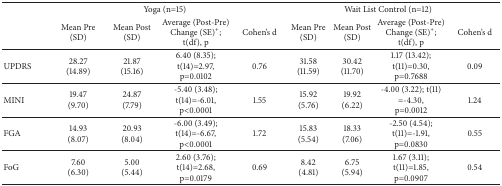
<table><thead><tr><td><b> </b></td><td colspan="4"><b>Yoga (n=15)</b></td><td colspan="4"><b>Wait List Control (n=12)</b></td></tr><tr><td><b> </b></td><td><b>Mean Pre (SD)</b></td><td><b>Mean Post (SD)</b></td><td><b>Average (Post-Pre) Change (SE)<sup>+</sup>; t(df), p</b></td><td><b>Cohen&#x27;s d</b></td><td><b>Mean Pre (SD)</b></td><td><b>Mean Post (SD)</b></td><td><b>Average (Post-Pre) Change (SE)<sup>+</sup>;t(df), p</b></td><td><b>Cohen&#x27;s d</b></td></tr></thead><tbody><tr><td>UPDRS</td><td>28.27(14.89)</td><td>21.87(15.16)</td><td>6.40 (8.35);t(14)=2.97, p=0.0102</td><td>0.76</td><td>31.58(11.59)</td><td>30.42(11.70)</td><td>1.17 (13.42);t(11)=0.30, p=0.7688</td><td>0.09</td></tr><tr><td>MINI</td><td>19.47(9.70)</td><td>24.87(7.79)</td><td>-5.40 (3.48); t(14)=-6.01,p&lt;0.0001</td><td>1.55</td><td>15.92(5.76)</td><td>19.92(6.22)</td><td>-4.00 (3.22); t(11) =-4.30,p=0.0012</td><td>1.24</td></tr><tr><td>FGA</td><td>14.93(8.07)</td><td>20.93(8.04)</td><td>-6.00 (3.49);t(14)=-6.67, p&lt;0.0001</td><td>1.72</td><td>15.83(5.54)</td><td>18.33(7.06)</td><td>-2.50 (4.54);t(11)=-1.91, p=0.0830</td><td>0.55</td></tr><tr><td>FoG</td><td>7.60(6.30)</td><td>5.00(5.44)</td><td>2.60 (3.76);t(14)=2.68, p=0.0179</td><td>0.69</td><td>8.42(4.81)</td><td>6.75(5.94)</td><td>1.67 (3.11);t(11)=1.85, p=0.0907</td><td>0.54</td></tr></tbody></table>